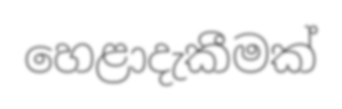
හෙළාදැකීමක්